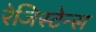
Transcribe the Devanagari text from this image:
रेजिस्टेन्स